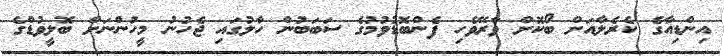
އިންޑިއާގެ ކެރެލާއަށް ބޯކޮށް ވާރޭވެހި ފެންބޮޑުވުމުގެ ސަބަބުން ހާލުގައި ޖެހުނު މީހުންނަށް ބޮލީވުޑްގެ